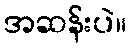
အဆန်းပဲ။